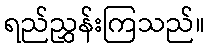
ရည်ညွှန်းကြသည်။